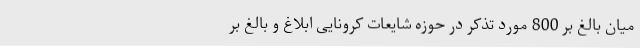
میان بالغ بر 800 مورد تذکر در حوزه شایعات کرونایی ابلاغ و بالغ بر